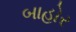
બાહોર